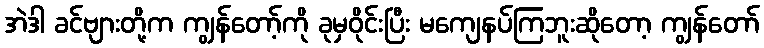
အဲဒါ ခင်ဗျားတို့က ကျွန်တော့်ကို ခုမှဝိုင်းပြီး မကျေနပ်ကြဘူးဆိုတော့ ကျွန်တော်